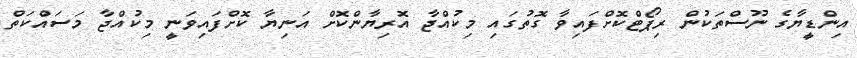
އިންޑީޔާގެ ނޫސްތަކުން ރިޕޯޓްކޮށްފައިވާ ގޮތުގައި މިކުއްޖާ އޮރިޔާންކޮށް އަނިޔާ ކޮށްފައިވަނީ މިކުއްޖާ މަސައްކަތް